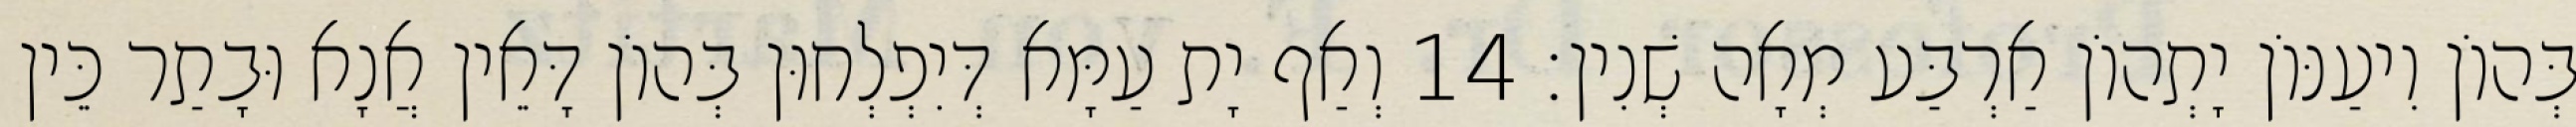
בְּהוֹן וִיעַנּוֹן יָתְהוֹן אַרְבַּע מְאָה שְׁנִין׃ 14 וְאַף יָת עַמָּא דְּיִפְלְחוּן בְּהוֹן דָּאֵין אֲנָא וּבָתַר כֵּין